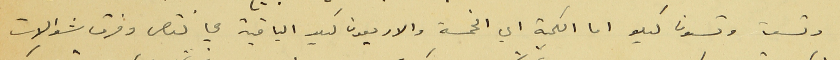
وتسعة وتسعون كيلو اما الكمية اي الخمسة والاربعون كيلو الباقية هي نقص وفرق شوالات